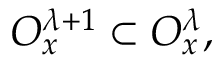
{ \cal O } _ { x } ^ { \lambda + 1 } \subset { \cal O } _ { x } ^ { \lambda } ,